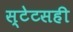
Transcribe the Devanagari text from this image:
स्टेटसही